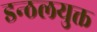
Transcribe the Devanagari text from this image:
डन्ठलयुक्त